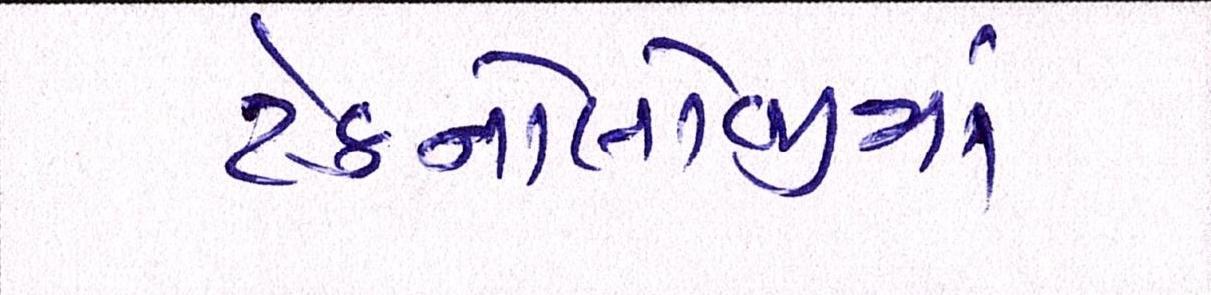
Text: ટેક્નોલોજીમાં